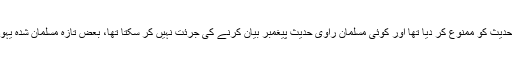
قابل غور نکتہ یہ ہے کہ اس دور میں جب خلفائے راشدین نے نقل حدیث کو ممنوع کر دیا تھا اور کوئی مسلمان راوی حدیث پیغمبر بیان کرنے کی جرئت نہیں کر سکتا تھا، بعض تازہ مسلمان شدہ یہودی جیسے کعب الاحبار اور ابوہریرہ کو نقل حدیث کی اجازت تھی۔